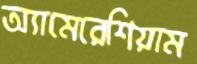
অ্যামেরেশিয়াম